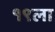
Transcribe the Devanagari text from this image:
१९ला